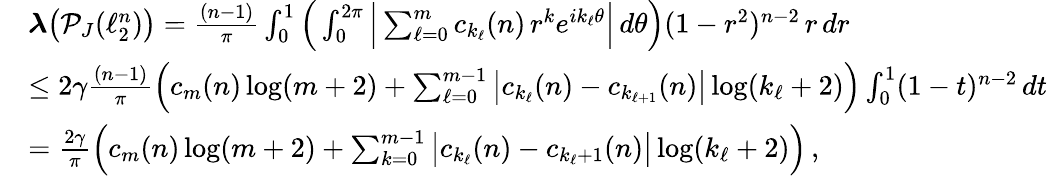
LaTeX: \begin{array}{rl}&{\boldsymbol{\lambda}\big(\mathcal{P}_{J}(\ell_{2}^{n})\big)=\frac{(n-1)}{\pi}\int_{0}^{1}\Big(\int_{0}^{2\pi}\Big|\sum_{\ell=0}^{m}c_{k_{\ell}}(n)\, r^{k}e^{ik_{\ell}\theta}\Big|\, d\theta\Big)(1-r^{2})^{n-2}\, r\, dr}\\ &{\leq 2\gamma\frac{(n-1)}{\pi}\Big(c_{m}(n)\log(m+2)+\sum_{\ell=0}^{m-1}\big|c_{k_{\ell}}(n)-c_{k_{\ell+1}}(n)\big|\log(k_{\ell}+2)\Big)\int_{0}^{1}(1-t)^{n-2}\, dt}\\ &{=\frac{2\gamma}{\pi}\Big(c_{m}(n)\log(m+2)+\sum_{k=0}^{m-1}\big|c_{k_{\ell}}(n)-c_{k_{\ell}+1}(n)\big|\log(k_{\ell}+2)\Big)\, ,}\end{array}